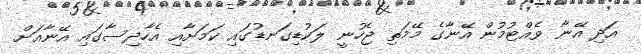
އަދި އޭނާ ވެއްޓުމުން އޭނާގެ މޭމަތި ޖެހުނީ ލަކުޑިގަނޑުގައި ކަމަށާއި އެހާދިސާގައި އޭނާއަށް